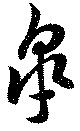
皐